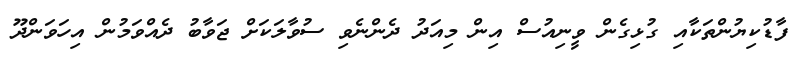
ފާޑުކިޔުންތަކާއި ގުޅިގެން ވީނިއުސް އިން މިއަދު ދެންނެވި ސުވާލަކަށް ޖަވާބު ދެއްވަމުން އިހަވަންދޫ